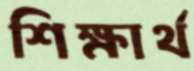
শিক্ষার্থ